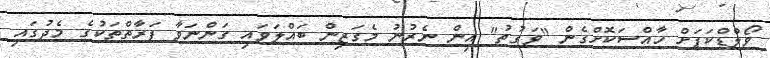
ވޯލްޑްކަޕަށް ހާއްސަކޮށްގެން "ވަގުތު" އިން ނެރުނު މެގަޒިން ބައްލަވައި ގަންނަވާ ފަރާތްތަކުގެ މެދުގައި